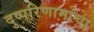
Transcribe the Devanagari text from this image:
दुष्परिणामांचा